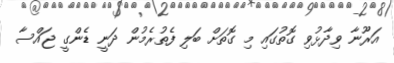
އަރޫނާ ވިދާޅުވި ގޮތުގައި މި ގޮތަށް ބަލި ފެތުރެމުން ދަނީ ޑެންގީ ޖައްސާ